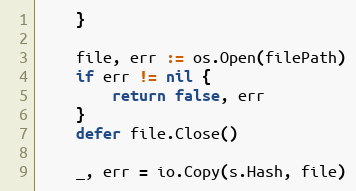
Language: Go
	}

	file, err := os.Open(filePath)
	if err != nil {
		return false, err
	}
	defer file.Close()

	_, err = io.Copy(s.Hash, file)